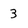
Character: 3